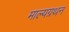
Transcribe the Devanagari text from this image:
माल्यग्रथन